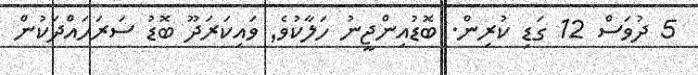
5 ދުވަސް 12 ގަޑި ކުރިން. ބޮޑުއިންޖީނު ހަލާކުވެ